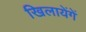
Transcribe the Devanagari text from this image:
खिलायेंगें